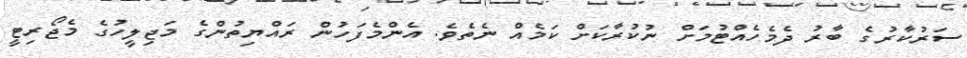
ސަރުކާރުގެ ބާރު ދެމެހެއްޓުމަށް ނުކުރާކަށް ކަމެއް ނެތެވެ. އެންމެފަހުން ރައްޔިތުންގެ މަޖިލީހުގެ މެޖޯރިޓީ